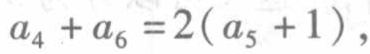
\(a_{4}+a_{6}=2(a_{5}+1)\)